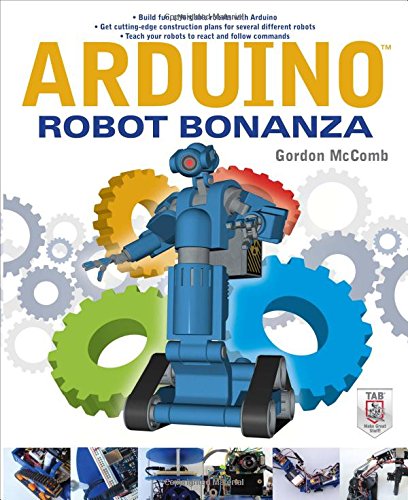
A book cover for Arduino Robot Bonanza; Gordon McComb; Computers & Technology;